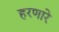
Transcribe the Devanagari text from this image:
हरणारे